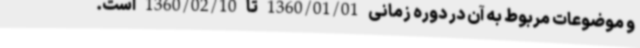
و موضوعات مربوط به آن در دوره زمانی 1360/01/01 تا 1360/02/10 است.